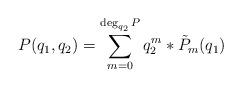
LaTeX: \begin{align*}P(q_1,q_2)=\sum_{m=0}^{\deg_{q_2} P} q_2^m *\tilde{P}_m(q_1)\end{align*}